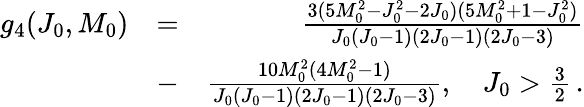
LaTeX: \begin{array}{rlr}{g_{4}(J_{0},M_{0})}&{=}&{\frac{3(5M_{0}^{2}-J_{0}^{2}-2J_{0})(5M_{0}^{2}+1-J_{0}^{2})}{J_{0}(J_{0}-1)(2J_{0}-1)(2J_{0}-3)}}\\ &{-}&{\frac{10M_{0}^{2}(4M_{0}^{2}-1)}{J_{0}(J_{0}-1)(2J_{0}-1)(2J_{0}-3)},\quad J_{0}>\frac{3}{2}\, .}\end{array}